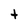
Character: t